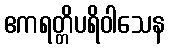
ဧကရတ္တိပရိဝါသေန